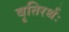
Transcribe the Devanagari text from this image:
वृतिरर्थः